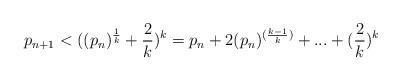
LaTeX: \begin{align*}p_{n+1}<((p_{n})^{\frac{1}{k}}+\frac{2}{k})^{k}=p_{n}+2(p_{n})^{(\frac{k-1}{k})}+...+(\frac{2}{k})^{k}\end{align*}